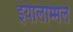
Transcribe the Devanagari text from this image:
इयालाम्मल